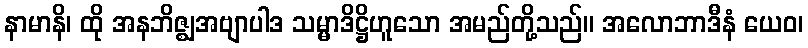
နာမာနိ၊ ထို အနဘိဇ္ဈအဗျာပါဒ သမ္မာဒိဋ္ဌိဟူသော အမည်တို့သည်။ အလောဘာဒီနံ ယေဝ၊